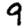
Digit: 9